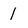
Character: 1